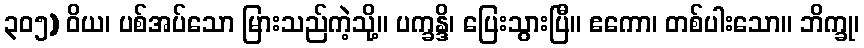
၃၀၅) ဝိယ၊ ပစ်အပ်သော မြားသည်ကဲ့သို့။ ပက္ခန္ဒိ၊ ပြေးသွားပြီ။ ဧကော၊ တစ်ပါးသော။ ဘိက္ခု၊